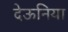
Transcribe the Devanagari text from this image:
देऊनिया